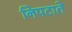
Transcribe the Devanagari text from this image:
निपटाते